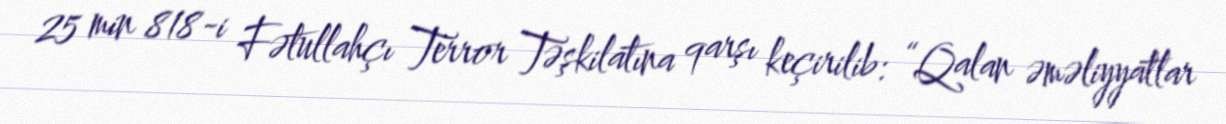
25 min 818-i Fətullahçı Terror Təşkilatına qarşı keçirilib: “Qalan əməliyyatlar